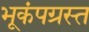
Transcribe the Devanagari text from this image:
भूकंपग्रस्त